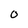
Character: 0